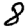
Digit: 8